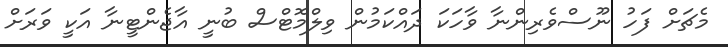
މެޗަށް ފަހު ނޫސްވެރިންނާ ވާހަކަ ދައްކަމުން ވިލްމޮޓްސް ބުނީ އާޖެންޓީނާ އަކީ ވަރަށް